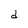
Character: d